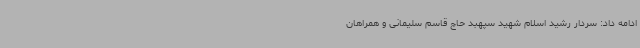
ادامه داد: سردار رشید اسلام شهید سپهبد حاج قاسم سلیمانی و همراهان